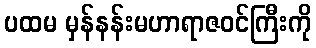
ပထမ မှန်နန်းမဟာရာဇဝင်ကြီးကို